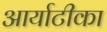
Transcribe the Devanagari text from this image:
आर्याटीका